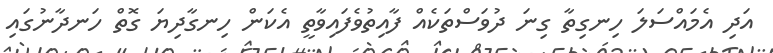
އަދި އެމައްސަލަ ހިނގިތާ ގިނަ ދުވަސްތަކެއް ފާއިތުވެފައިވާތީ އެކަން ހިނގާދިޔަ ގޮތް ހަނދާނުގައި